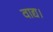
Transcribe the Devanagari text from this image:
वाद्य।